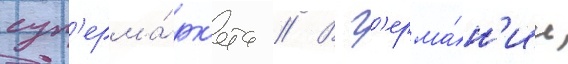
суп'ерма́рк'ета // В г'ерма́н'ии